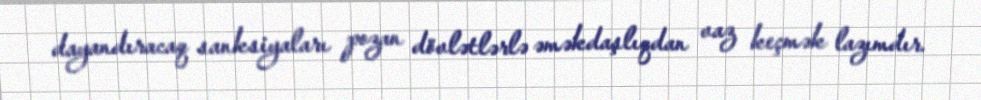
dayandıracaq sanksiyaları pozan dövlətlərlə əməkdaşlıqdan vaz keçmək lazımdır.